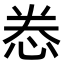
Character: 𫺉